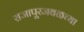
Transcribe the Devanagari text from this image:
राजापूरजवळच्या